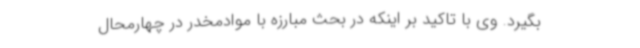
بگیرد. وی با تاکید بر اینکه در بحث مبارزه با موادمخدر در چهارمحال